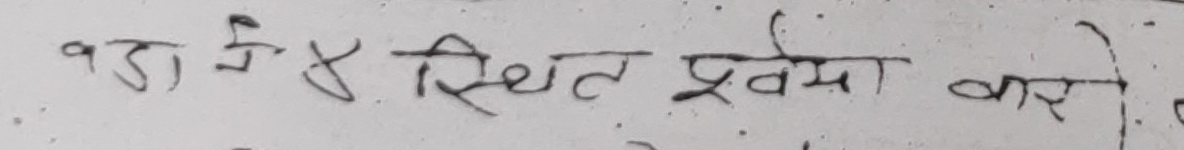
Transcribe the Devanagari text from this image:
वड के ४ स्थित प्रवेश गरे